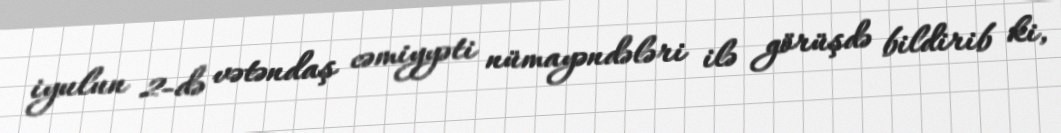
iyulun 2-də vətəndaş cəmiyyəti nümayəndələri ilə görüşdə bildirib ki,